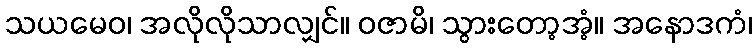
သယမေဝ၊ အလိုလိုသာလျှင်။ ဝဇာမိ၊ သွားတော့အံ့။ အနောဒကံ၊